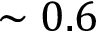
\sim 0 . 6